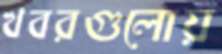
খবরগুলোয়